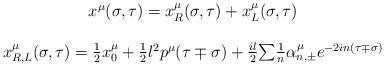
LaTeX: \begin{align*}\begin{array}{c}x^\mu (\sigma ,\tau )=x_R^\mu (\sigma ,\tau )+x_L^\mu (\sigma ,\tau ) \\ \\ x_{R,L}^\mu (\sigma ,\tau )=\frac 12x_0^\mu +\frac 12l^2p^\mu (\tau \mp\sigma )+\frac{il}2{\sum }\frac 1n\alpha _{n,\pm }^\mu e^{-2in(\tau \mp\sigma )} \end{array}\end{align*}